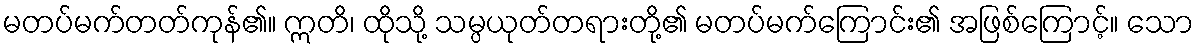
မတပ်မက်တတ်ကုန်၏။ ဣတိ၊ ထိုသို့ သမ္ပယုတ်တရားတို့၏ မတပ်မက်ကြောင်း၏ အဖြစ်ကြောင့်။ သော